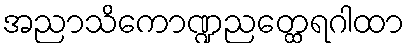
အညာသိကောဏ္ဍညတ္ထေရဂါထာ